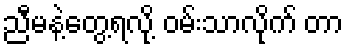
ညီမနဲ့တွေ့ရလို့ ဝမ်းသာလိုက် တာ